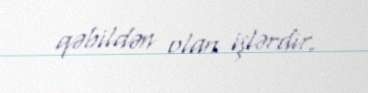
qəbildən olan işlərdir.